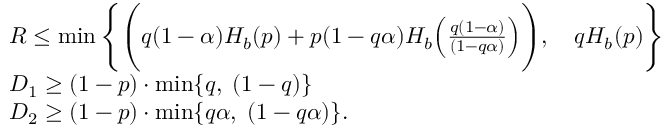
\begin{array} { r l } & { R \leq \operatorname* { m i n } \Bigg \{ \Bigg ( q ( 1 - \alpha ) H _ { b } ( p ) + p ( 1 - q \alpha ) H _ { b } \Big ( \frac { q ( 1 - \alpha ) } { ( 1 - q \alpha ) } \Big ) \Bigg ) , \quad q H _ { b } ( p ) \Bigg \} } \\ & { D _ { 1 } \geq ( 1 - p ) \cdot \operatorname* { m i n } \{ q , \; ( 1 - q ) \} } \\ & { D _ { 2 } \geq ( 1 - p ) \cdot \operatorname* { m i n } \{ q \alpha , \; ( 1 - q \alpha ) \} . } \end{array}